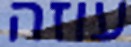
עוזה